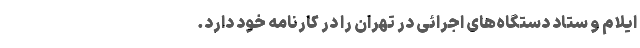
ایلام و ستاد دستگاه‌های اجرائی در تهران را در کارنامه خود دارد‌.